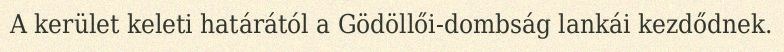
A kerület keleti határától a Gödöllői-dombság lankái kezdődnek.